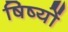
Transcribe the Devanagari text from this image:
षिष्यों